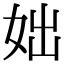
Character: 𡛛